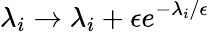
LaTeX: \lambda_{i}\rightarrow\lambda_{i}+\epsilon e^{-\lambda_{i}/\epsilon}